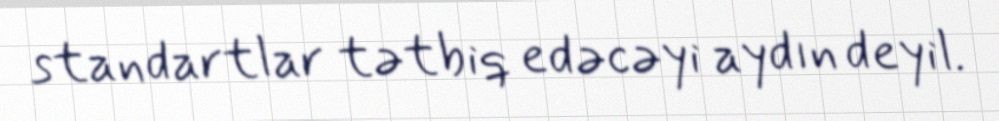
standartlar tətbiq edəcəyi aydın deyil.